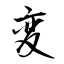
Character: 変